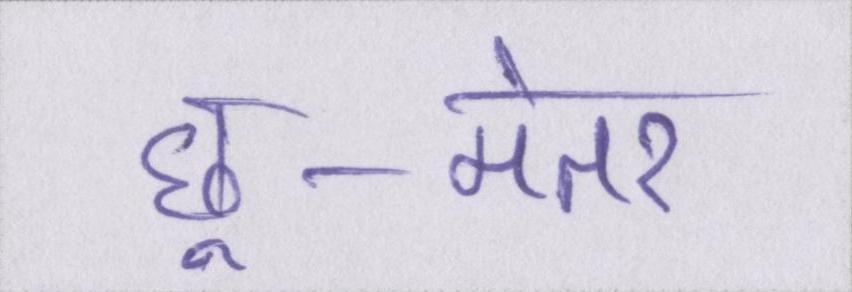
छू-मंतर